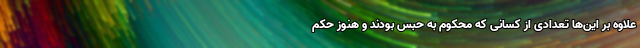
علاوه بر این‌ها تعدادی از کسانی که محکوم به حبس بودند و هنوز حکم